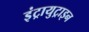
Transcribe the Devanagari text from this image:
इंट्रायुट्राइन